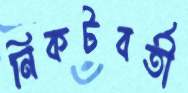
নিকটবর্তী